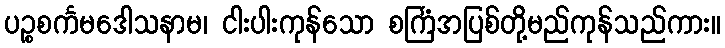
ပဉ္စစင်္ကမဒေါသနာမ၊ ငါးပါးကုန်သော စင်္ကြံအပြစ်တို့မည်ကုန်သည်ကား။